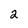
Character: 2